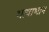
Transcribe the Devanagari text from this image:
भाषाभान